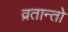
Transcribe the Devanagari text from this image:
व्रतान्तो